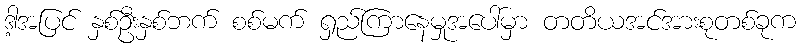
ဒါ့အပြင် နှစ်ဦးနှစ်ဘက် စစ်မက် ရှည်ကြာနေမှုအပေါ်မှာ တတိယအင်အားစုတစ်ခုက